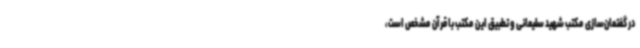
در گفتمان‌سازی مکتب شهید سلیمانی و تطبیق این مکتب با قرآن مشخص است،